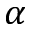
\alpha